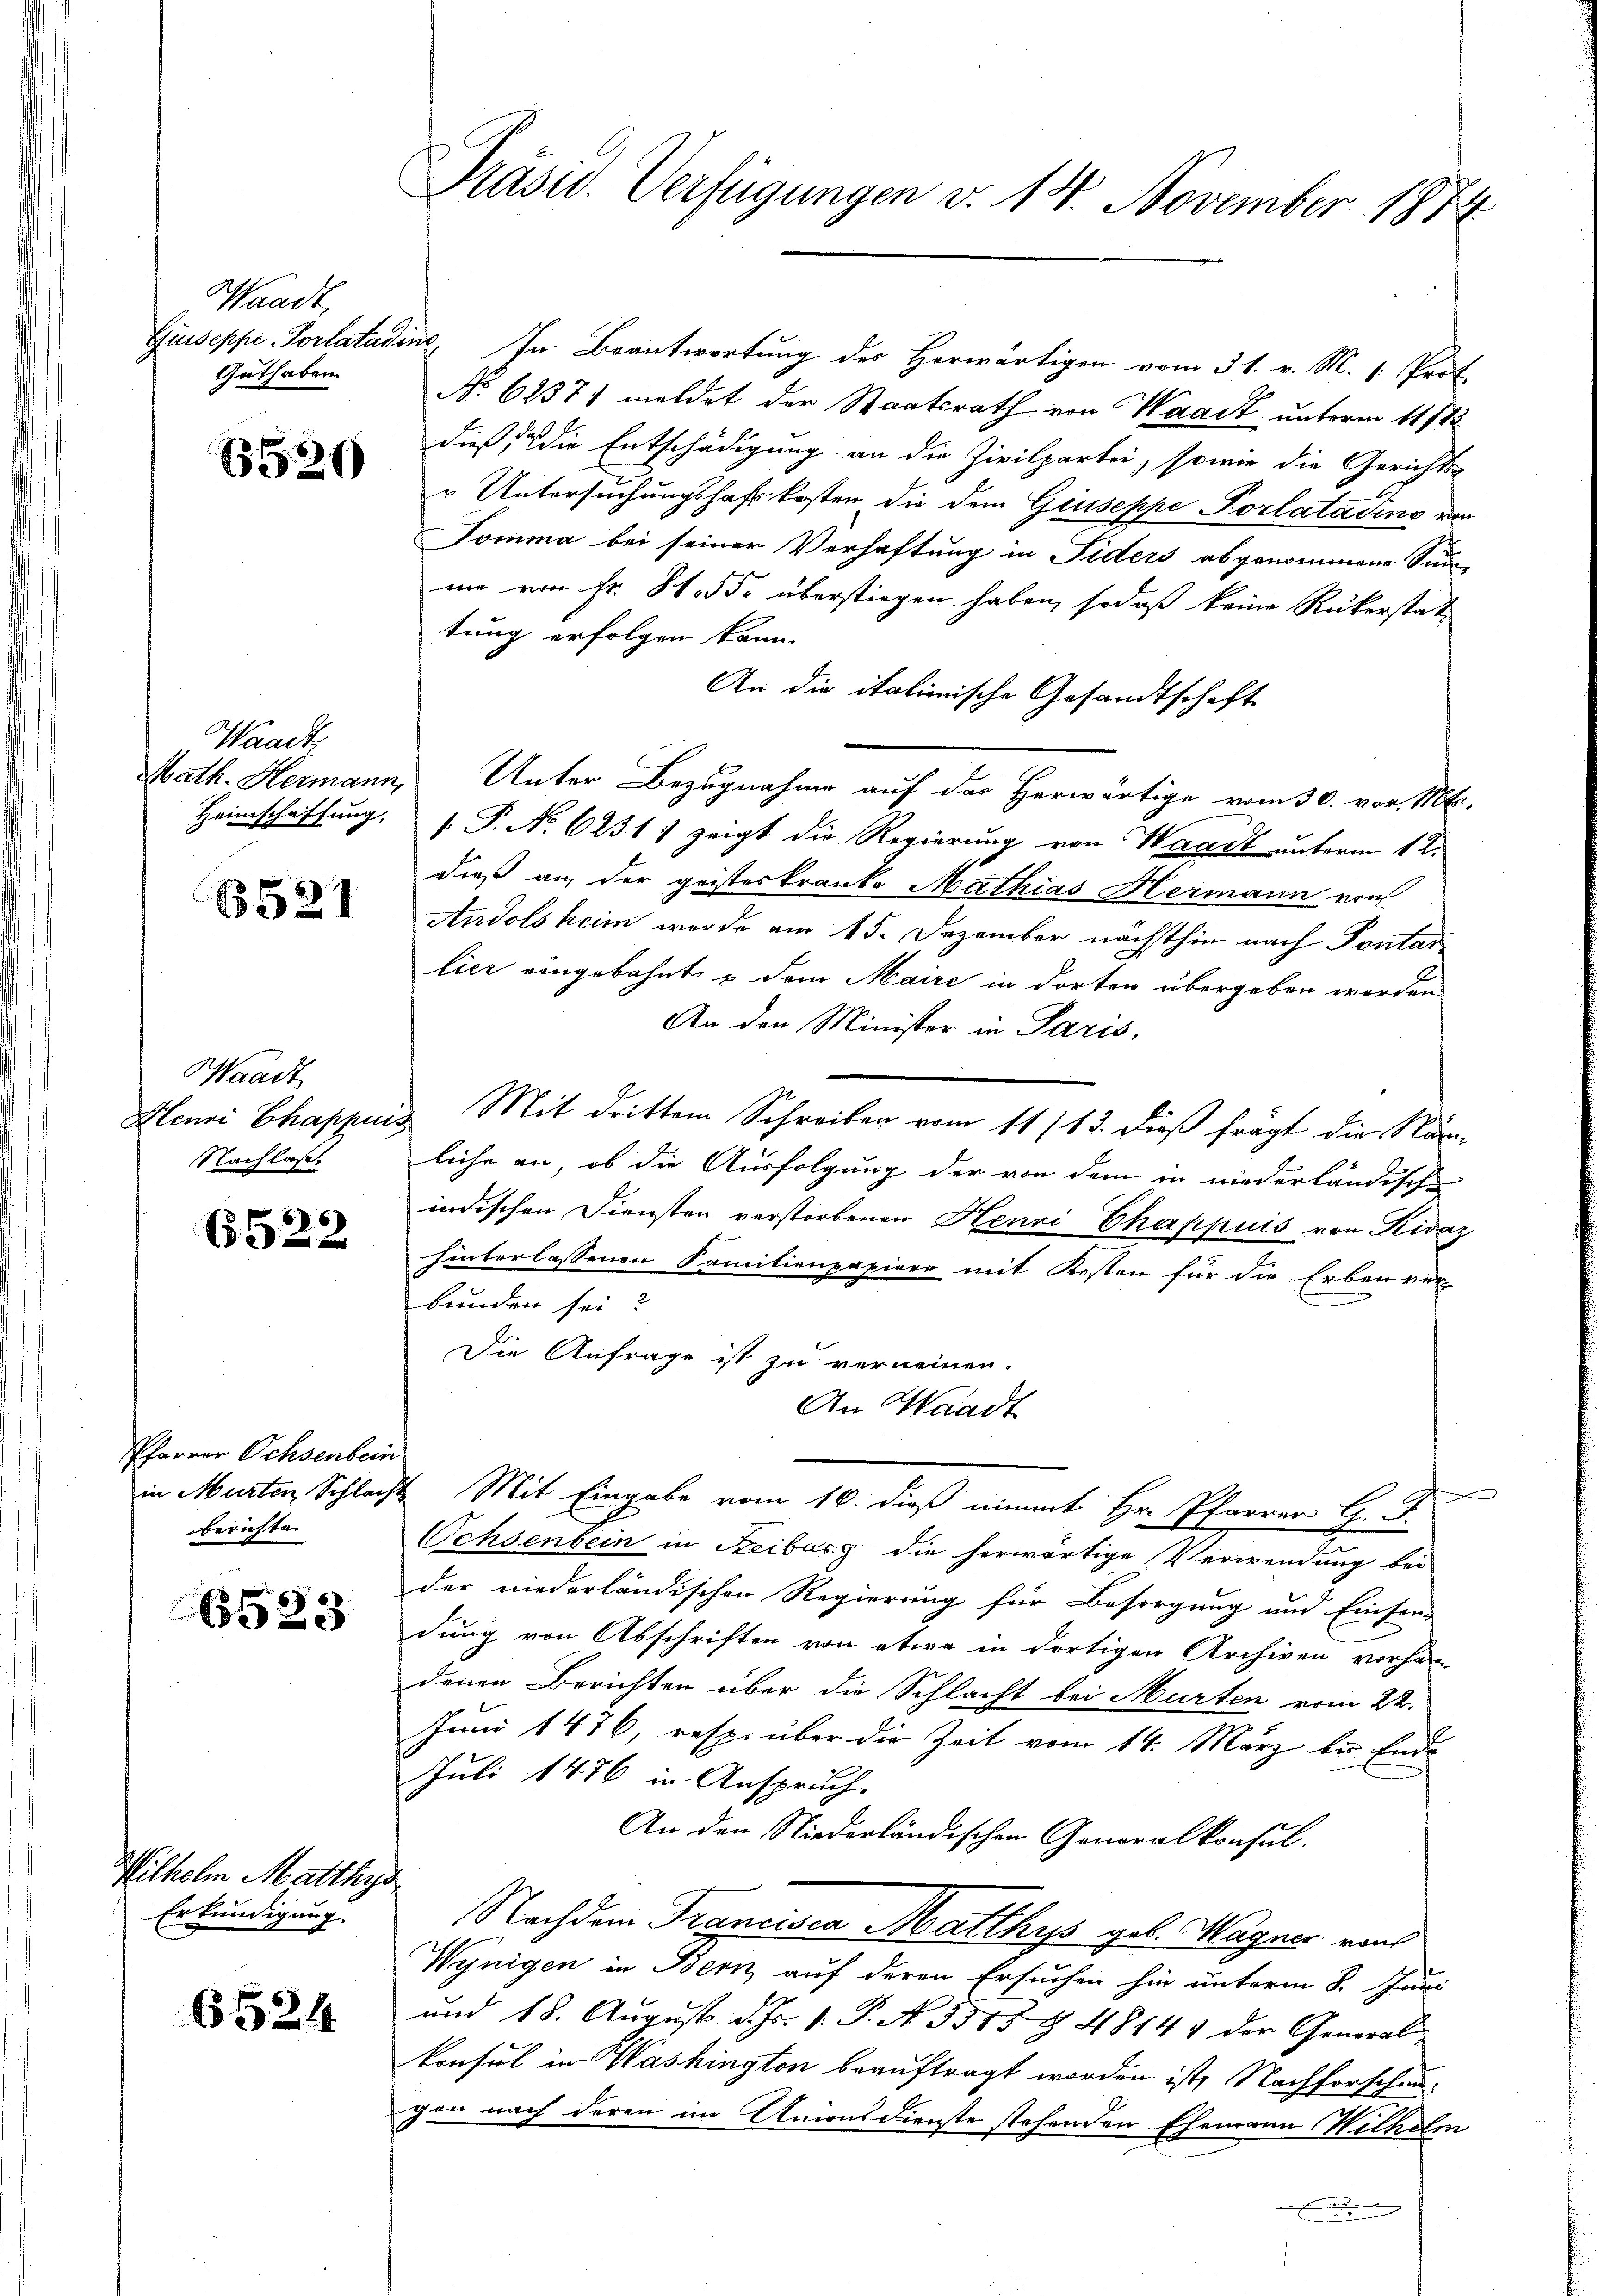
Waadt,
Guthaben.

6529

Waadt

B521

Waadt
Nachlaß.

6522

Pfarrer Ochsenbein
berichten

6523

Wilhelm Matthys
Erkundigung.

6524

Präsid. Verfügungen v. 14. November 1874

Giuseppe Porlatadine, In Beantwortung des Herwärtigen vom 31. v. M. 1. Prot
No 62371 meldet der Staatsrath von Waadt unterm 11/12
dieß, die Entschädigung an die Zivilpartei, sowie die Gerichts-
r Untersuchungshaft kosten, die dem Giuseppe Porlatading von
Tomma bei seiner Verhaftung in Fiders abgenommene Sum-
me von Fr. St. J. überstiegen haben, sodaß keine Rükerstat
tung erfolgen kann.
An die italienische Gesandtschaft
Math. Hermann, Unter Bezugnahme auf der Herwärtige vom 30. vor. Mt
Heimschaffung, s. P. No. 6231) zeigt die Regierung von Waadt unterm 12.
dieß an der geisteskranke Mathias Hermann von
Audolsheim werde am 15. Dezember nächsthin nach Pontar
lier eingebahnt u dem Maire in dorten übergeben werden.
An den Minister in Paris,
Alenni Chappers Mit drittem Schreiben vom 11/13. dieß frägt die Nän
liche an, ob die Ausfolgung der von dem in niederländische
indischen Diensten verstorbenen Henri Chappuis von Rivaz
hinterlassenen Familienpapiere mit Kosten für die Erben ver-
bunden sei?
Die Anfrage ist zu verneinen.
An Waadt
e
in Murten Schlecht Mit Eingabe vom 16. dieß eimmt Hr. Pfarrer G. J.
Ochsenbein in Steibasz die herwärtige Verwendung bei
der niederländischen Regierung für Besorgung und Einsam
dung von Abschriften von etwa in dortigen Archiven vorhan-
denen Berichten über die Schlacht bei Murten vom 22.
Juni 1476, resp. über die Zeit vom 14. März bis Ende
Juli 1476 in Anspruch.
An den Niederländischen Generalkonsul.
Nachdem Francisca Matthys gel. Wagner raus
Wynigen in Bern auf deren Ersuchen hin unterm 8. Juni
und 18. August d. Js. 1. P. N. 3517 § 48141 der General
konsul in Washington beauftragt worden ist, Nachforschungen nach deren im Unionsdienste stehenden Ehemann Wilhelm